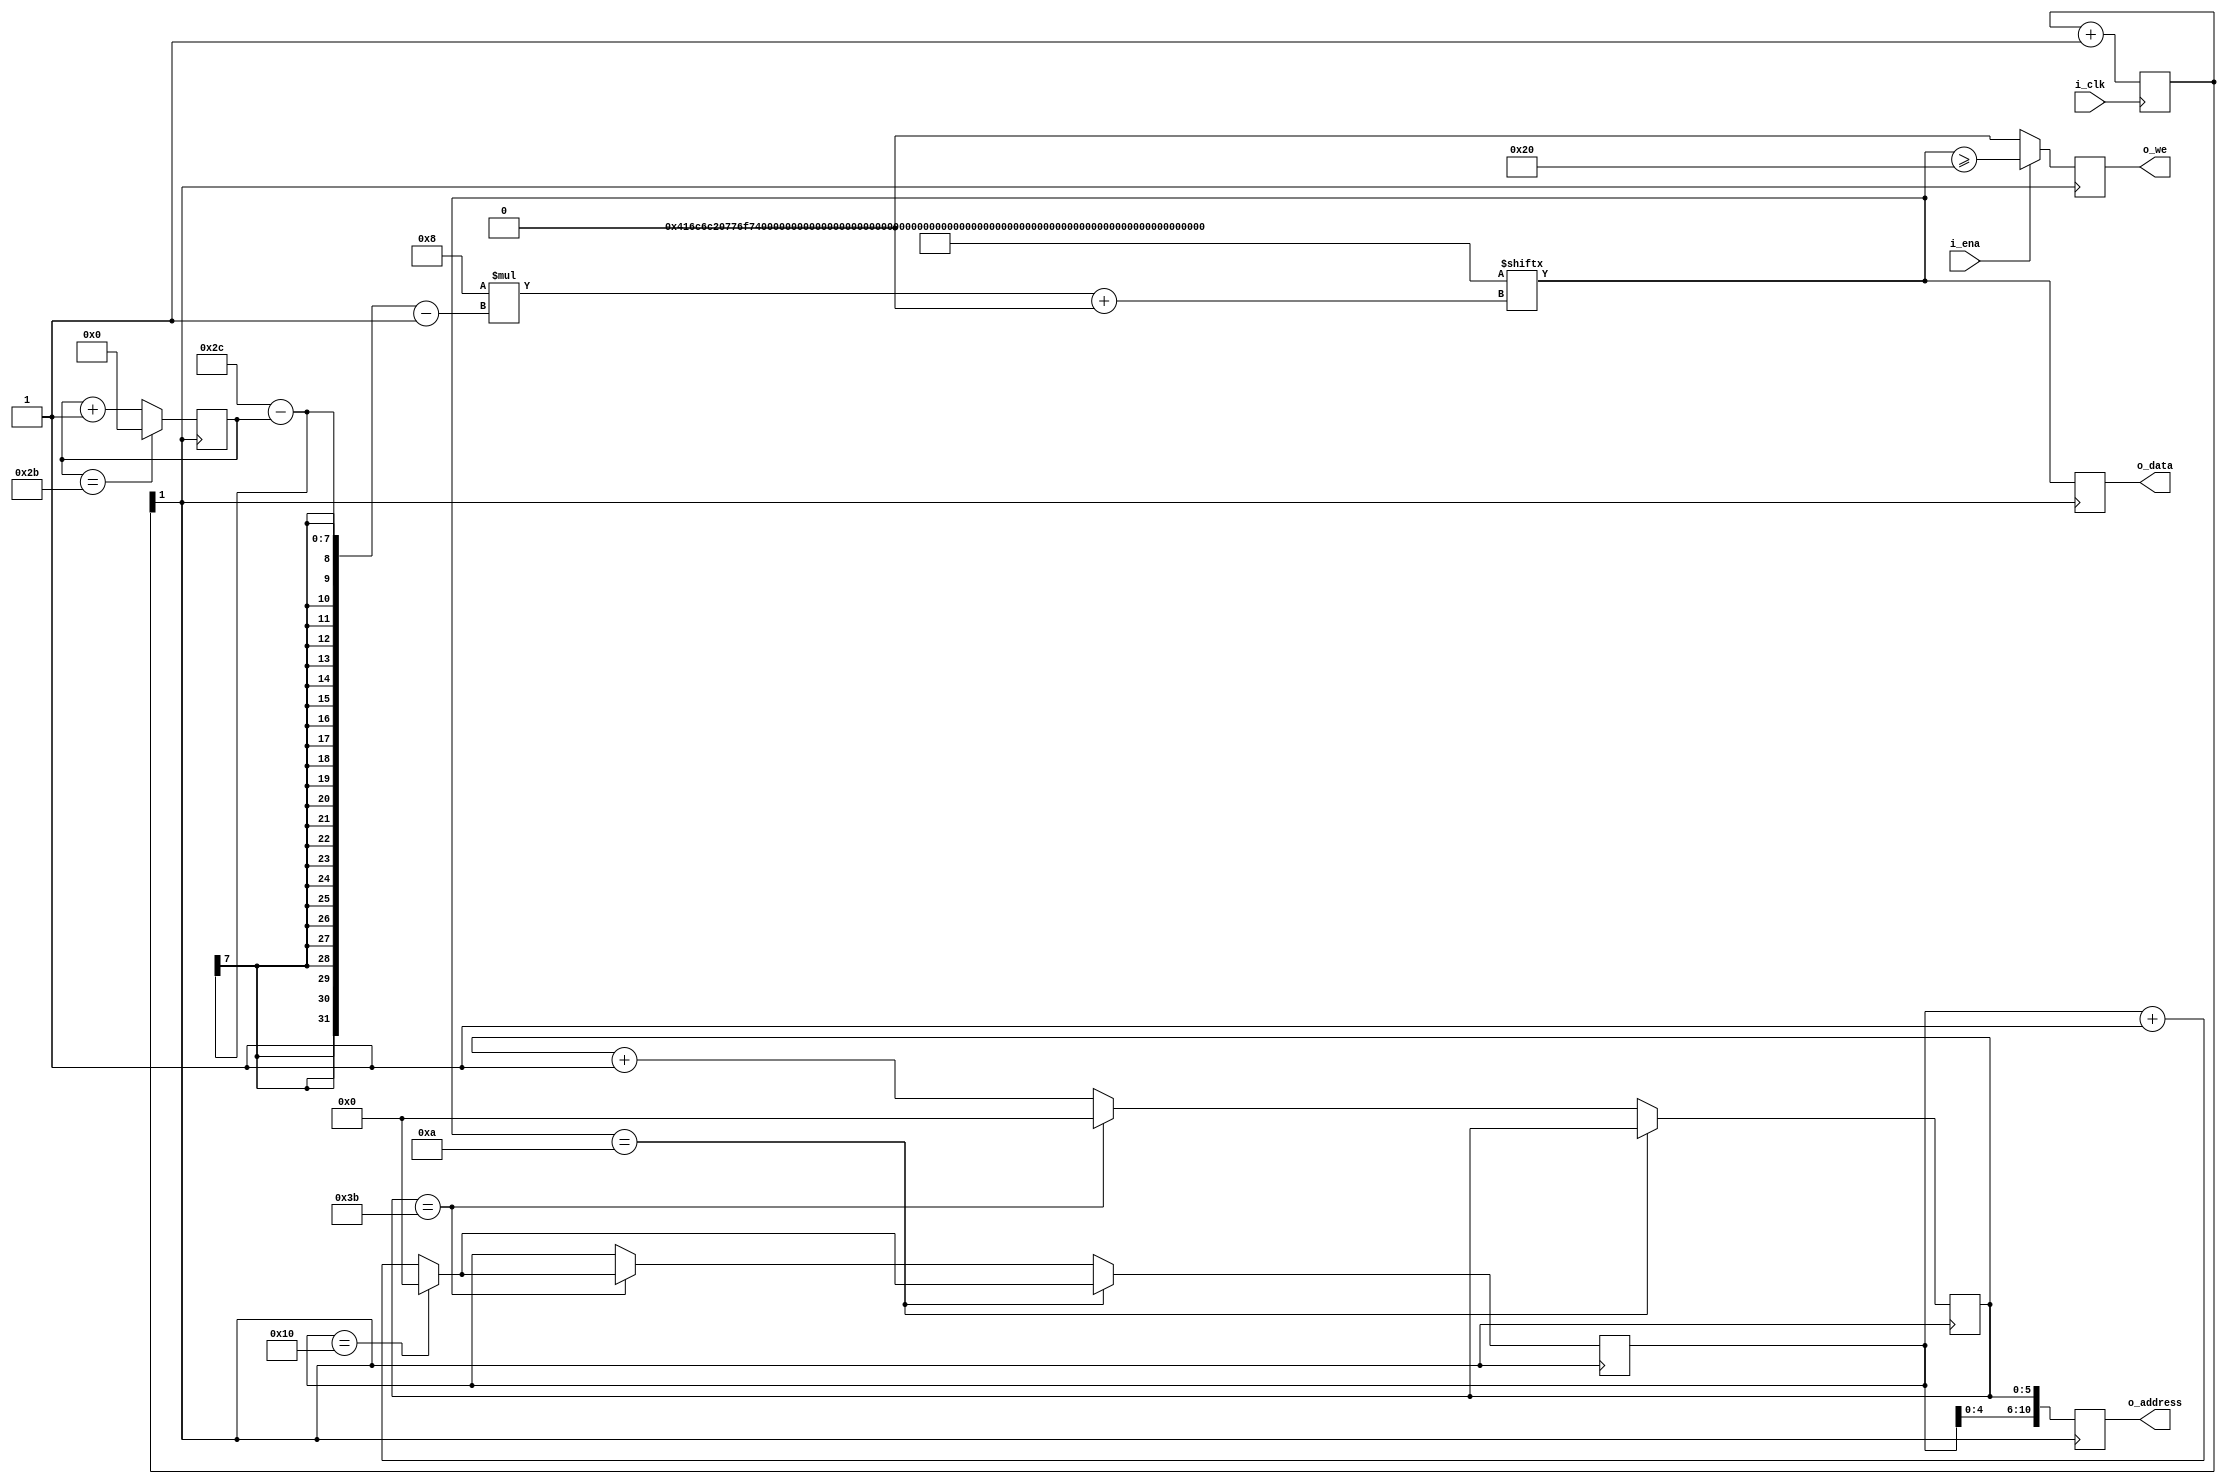
// Demo for obsessively writing text to the RAM
module demo (
    input i_clk,
    input i_ena,
    output reg [10:0] o_address,
    output reg [7:0] o_data,
    output reg o_we
);

localparam maxcol = 59;
localparam maxlin = 16;

//localparam len = 10;
//localparam [len*8-1:0] text = "Nevermore\n";
localparam len = 44;
localparam [len*8-1:0] text = "All work and no play makes Jack a dull boy. ";


reg [6:0] idx = 0;  // text index (from 0 to len)
reg [5:0] col = 0;  // horizontal position (from 0 to maxcol)
reg [5:0] lin = 0;  // vertical position (from 0 to maxlin)

wire [7:0] chr = text[8*(len-idx-1) +: 8]; // current character
wire printable = chr >= 8'h20;             // is printable or control char?

reg [4:0] counter = 0;        // Waiting timer counter
wire slowclock = counter[1];  // derived slow clock

// wrap counters
wire [5:0] next_lin = lin == maxlin ? 1'b0 : lin + 1'b1;
wire [6:0] next_idx = idx == len-1 ? 1'b0 : idx + 1'b1;

always @(posedge i_clk)
    counter <= counter + 1'b1;


always @(posedge slowclock) begin
    o_address <= {lin, col};
    o_data    <= chr;
    o_we      <= i_ena ? printable : 0;

    // update text position
    idx <= next_idx;

    // update screen position
    if (chr == 8'h0A) begin
        col <= col;
        lin <= next_lin;
    end
    else begin
        if (col == maxcol) begin
            col <= 0;
            lin <= next_lin;
        end
        else begin
            col <= col + 1'b1;
            lin <= lin;
        end
    end
end

endmodule